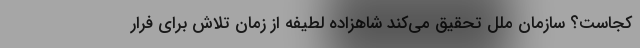
کجاست؟ سازمان ملل تحقیق می‌کند شاهزاده لطیفه از زمان تلاش برای فرار